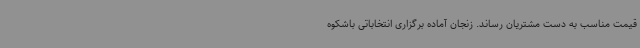
قیمت مناسب به دست مشتریان رساند. زنجان آماده برگزاری انتخاباتی باشکوه